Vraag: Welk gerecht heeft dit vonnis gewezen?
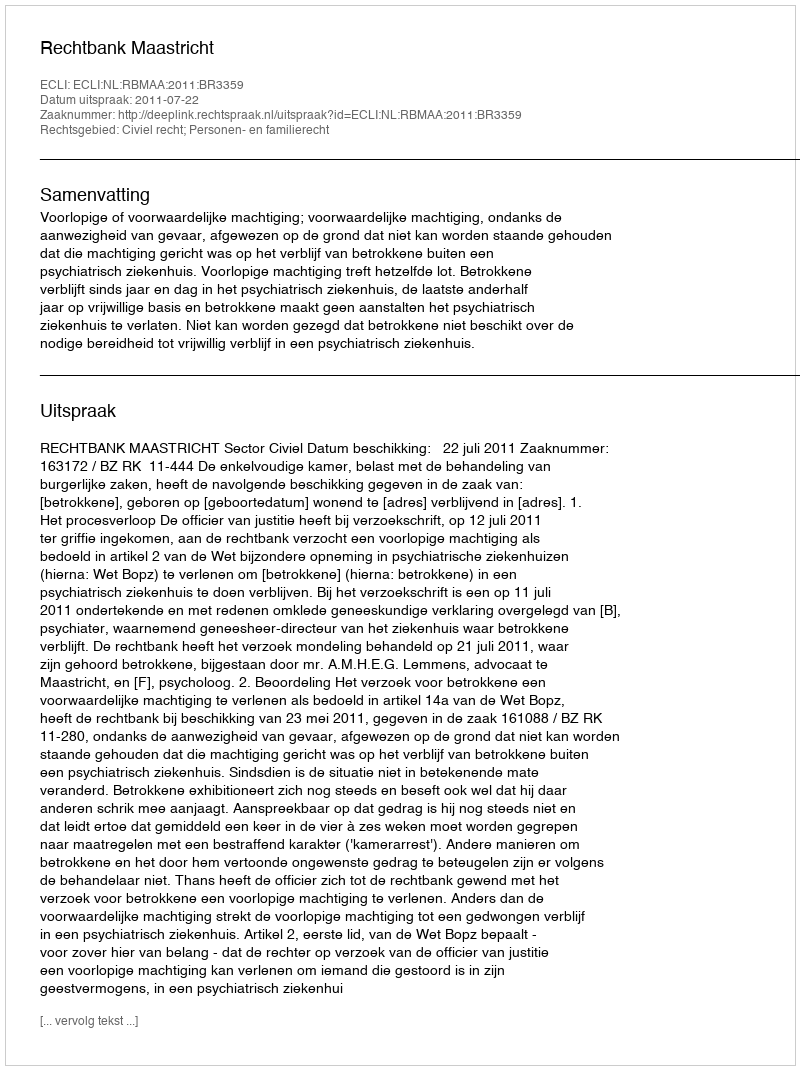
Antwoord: Rechtbank Maastricht